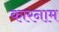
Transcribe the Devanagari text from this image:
कारनाम